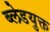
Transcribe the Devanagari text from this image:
ब्लेडयुक्त